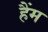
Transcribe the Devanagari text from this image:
हैंम